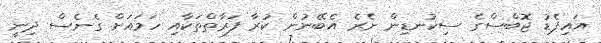
އައިޕެޑު ޖޮބްސްގެ ސިކުނޑިން ނެރެ އެބޭނުން ކުރާ ފަރާތްތަކާއި ހަމައަށް ގެނެސް ދިނީ